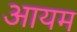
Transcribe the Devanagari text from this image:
आयम